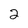
Character: 2